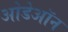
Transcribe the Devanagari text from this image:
ओडेऑन